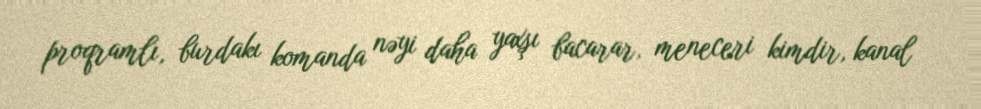
proqramlı, burdakı komanda nəyi daha yaxşı bacarar, meneceri kimdir, kanal